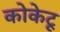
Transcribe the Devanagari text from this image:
कोकेटू